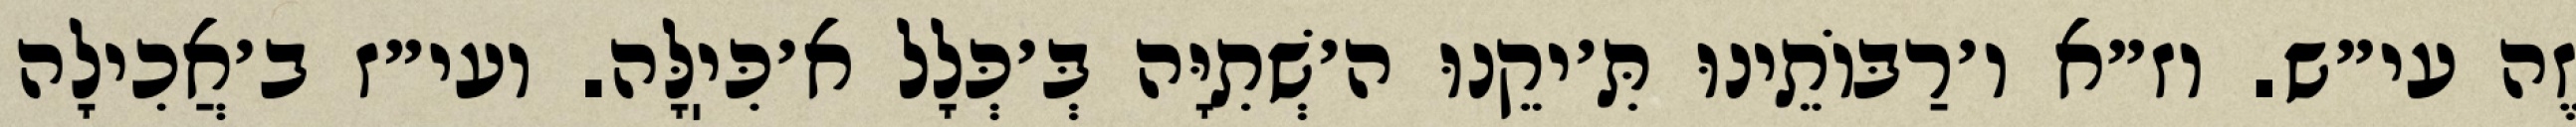
זֶה עי״ש. וז״א ו׳רַבּוֹתֵינוּ תִּ׳יקֵנוּ ה׳שְׁתִיָּה בְּ׳כְּלָל א׳כִּיֽלָּה. ועי״ז ב׳אֲכִילָה